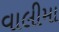
વાલીમા